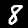
Label: 8